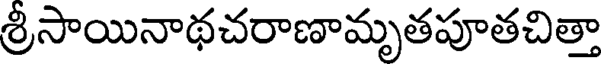
శ్రీసాయినాథచరాణామృతపూతచిత్తా